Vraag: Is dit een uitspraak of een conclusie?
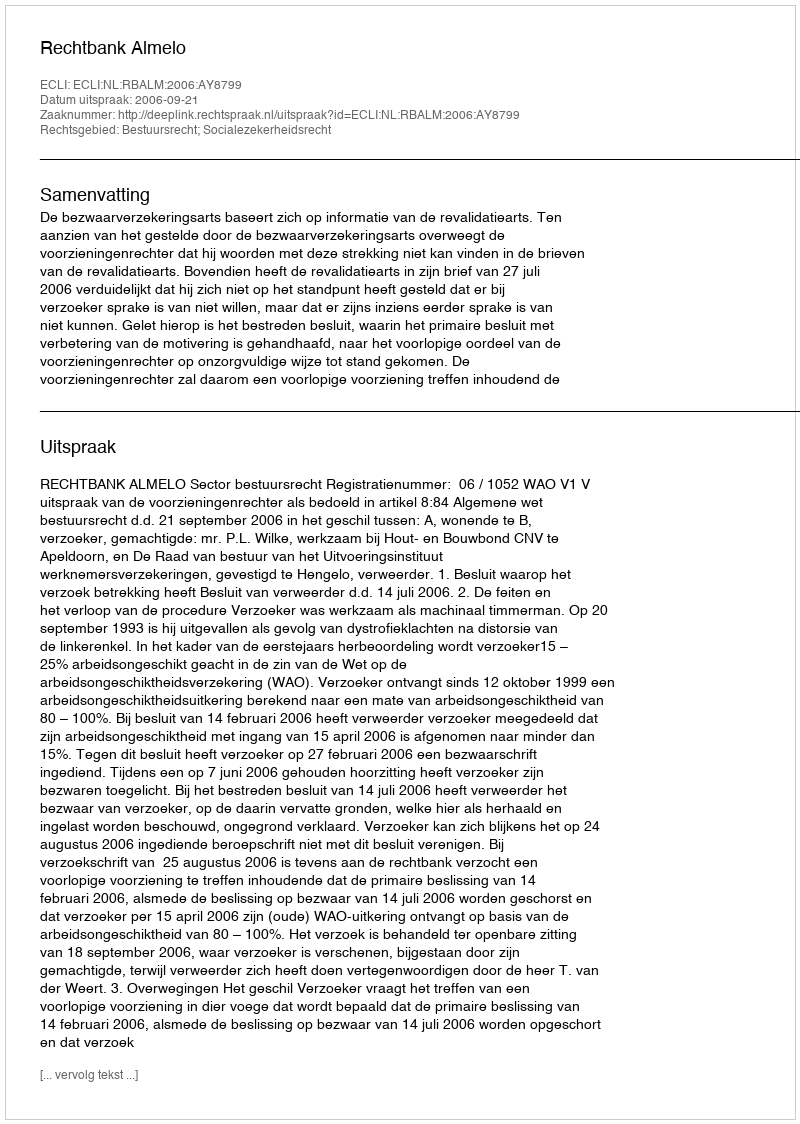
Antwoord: Uitspraak